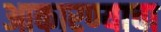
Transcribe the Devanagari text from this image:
आकारण्याचा